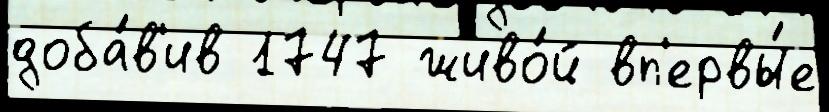
доба́в'ив 1747 живо́й вп'ервы́е